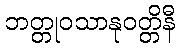
ဘတ္တုဝသာနုဝတ္တိနီ